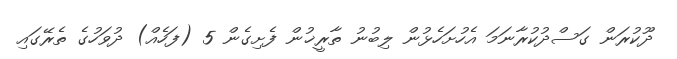
ދޫކުރަން ގަސްދުކުރާނަމަ އެހުށަހެޅުން ލިބުނު ތާރީޚުން ފެށިގެން 5 (ފަހެއް) ދުވަހުގެ ތެރޭގައި